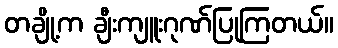
တချို့က ချီးကျူးဂုဏ်ပြုကြတယ်။